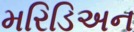
મરિડિઅન